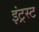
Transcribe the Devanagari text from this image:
इंट्रस्ट